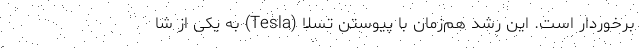
برخوردار است. این رشد هم‌زمان با پیوستن تسلا (Tesla) به یکی از شا